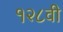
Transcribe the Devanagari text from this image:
१२८वी